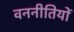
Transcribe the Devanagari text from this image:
वननीतियों